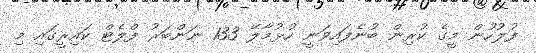
ފުލުހުން މީގެ ކުރިން ބުނެފައިވަނީ ހުޅުމާލޭ 133 ނަންބަރު ފްލެޓް ކައިރީގައި މި